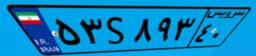
۱۵S۸۹۱۵۰